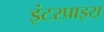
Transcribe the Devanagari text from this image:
इंटरप्राइस़